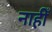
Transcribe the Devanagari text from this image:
नाहीँ